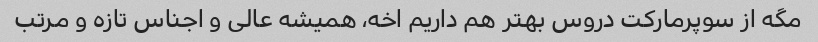
مگه از سوپرمارکت دروس بهتر هم داریم اخه، همیشه عالی و اجناس تازه و مرتب